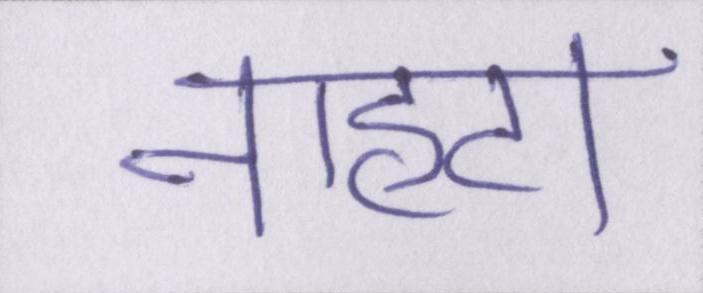
नाहटा